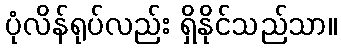
ပုံလိန်ရုပ်လည်း ရှိနိုင်သည်သာ။